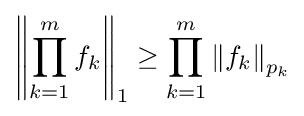
\left\|\prod _{k=1}^{m}f_{k}\right\|_{1}\geq \prod _{k=1}^{m}\left\|f_{k}\right\|_{p_{k}}